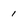
Character: 1